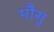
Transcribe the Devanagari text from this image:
मौसु